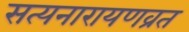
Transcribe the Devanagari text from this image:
सत्यनारायणव्रत